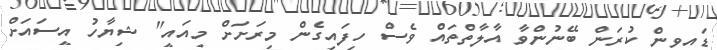
ޑައިވިން ކުރަން ބޭނުންވާ އާލާތްތައް ވެސް ހިފައިގެން މިރަށަށް މިއައީ" ޝިޔާހު އީސައަށް